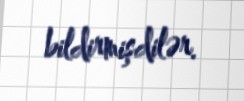
bildirmişdilər.